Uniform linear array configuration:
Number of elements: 32
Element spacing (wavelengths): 0.5
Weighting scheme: cosine
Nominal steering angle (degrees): -30
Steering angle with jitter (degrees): -28.233
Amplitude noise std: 0.05
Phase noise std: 0.05

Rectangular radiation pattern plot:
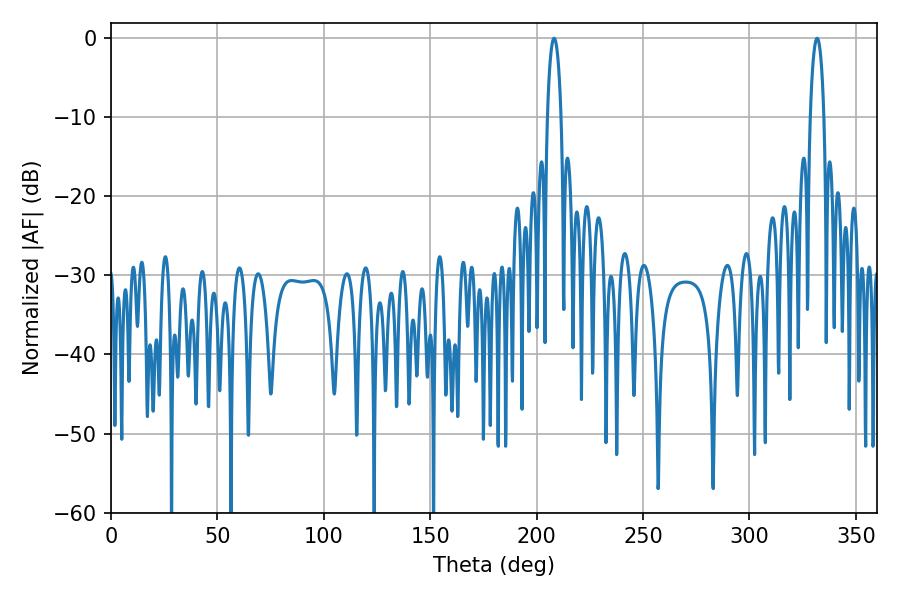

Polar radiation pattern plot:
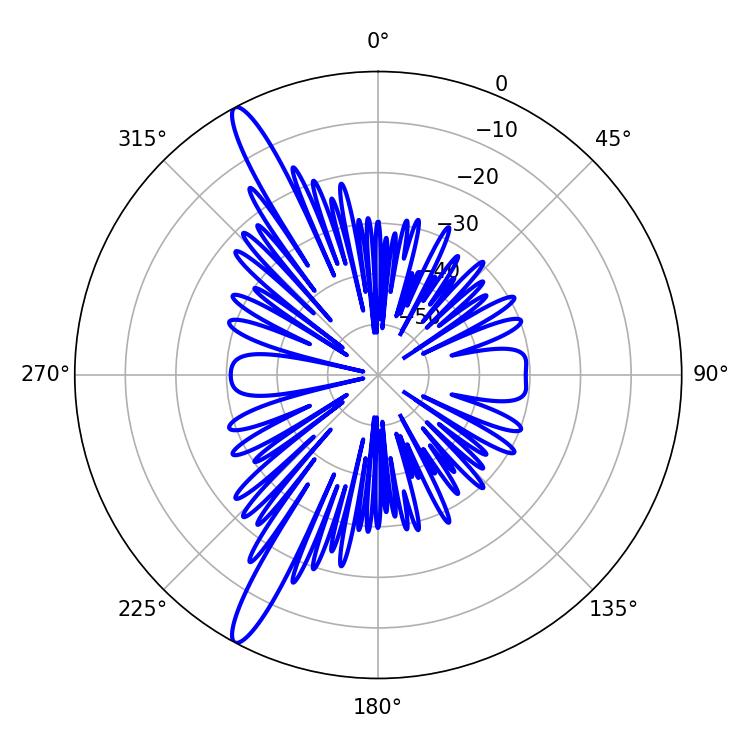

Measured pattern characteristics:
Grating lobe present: FALSE
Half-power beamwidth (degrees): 3.6
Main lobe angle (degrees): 331.74